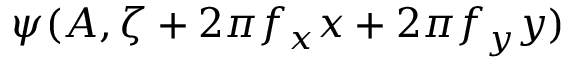
\psi ( A , \zeta + 2 \pi f _ { x } x + 2 \pi f _ { y } y )